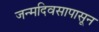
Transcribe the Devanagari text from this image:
जन्मदिवसापासून